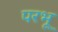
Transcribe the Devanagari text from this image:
परभू